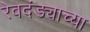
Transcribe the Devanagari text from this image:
रेवदंड्याच्या